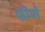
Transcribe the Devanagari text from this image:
फीगो